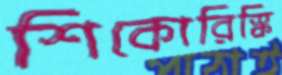
শিকোরিস্কি